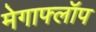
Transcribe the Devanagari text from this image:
मेगाफ्लॉप